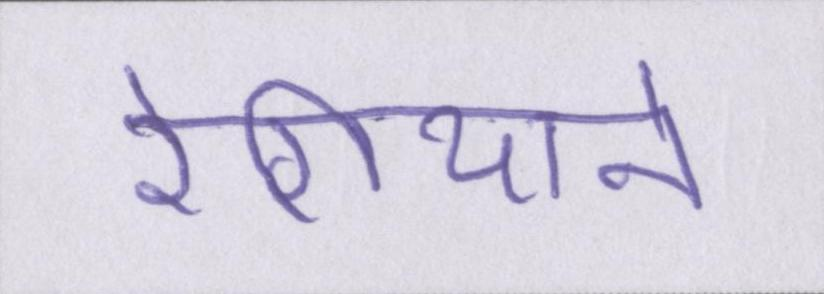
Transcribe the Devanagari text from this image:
रेगियाने